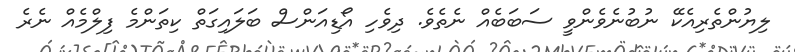
ލިޔުންތެރިއެކޭ ނުބުނެވެންވީ ސަބަބެއް ނެތެވެ. ދިވެހި އޯޑިއަންސް ބަލައިގަތް ކިތަންމެ ފިލްމެއް ނެރެ